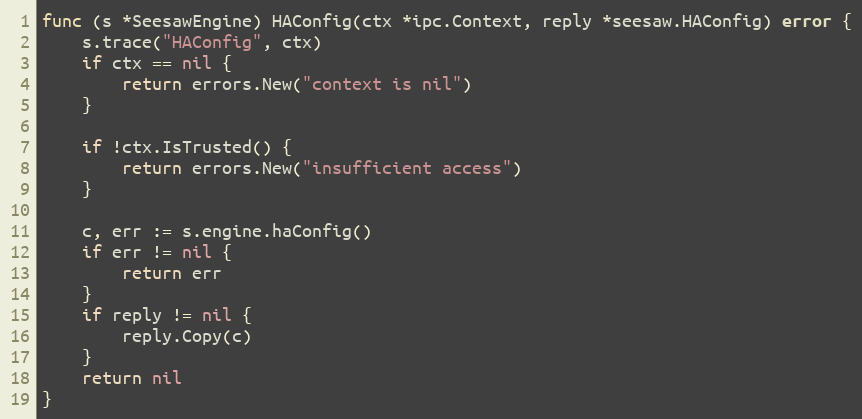
Language: Go
func (s *SeesawEngine) HAConfig(ctx *ipc.Context, reply *seesaw.HAConfig) error {
	s.trace("HAConfig", ctx)
	if ctx == nil {
		return errors.New("context is nil")
	}

	if !ctx.IsTrusted() {
		return errors.New("insufficient access")
	}

	c, err := s.engine.haConfig()
	if err != nil {
		return err
	}
	if reply != nil {
		reply.Copy(c)
	}
	return nil
}